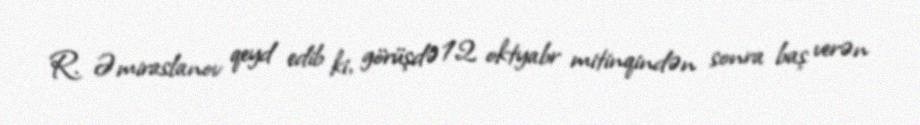
R. Əmiraslanov qeyd edib ki, görüşdə 12 oktyabr mitinqindən sonra baş verən